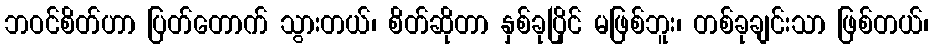
ဘဝင်စိတ်ဟာ ပြတ်တောက် သွားတယ်၊ စိတ်ဆိုတာ နှစ်ခုပြိုင် မဖြစ်ဘူး၊ တစ်ခုချင်းသာ ဖြစ်တယ်၊